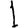
Digit: 1